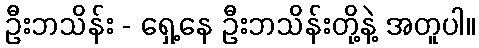
ဦးဘသိန်း - ရှေ့နေ ဦးဘသိန်းတို့နဲ့ အတူပါ။